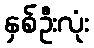
နှစ်ဦးလုံး